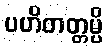
ပဟိတတ္တမ္ပိ